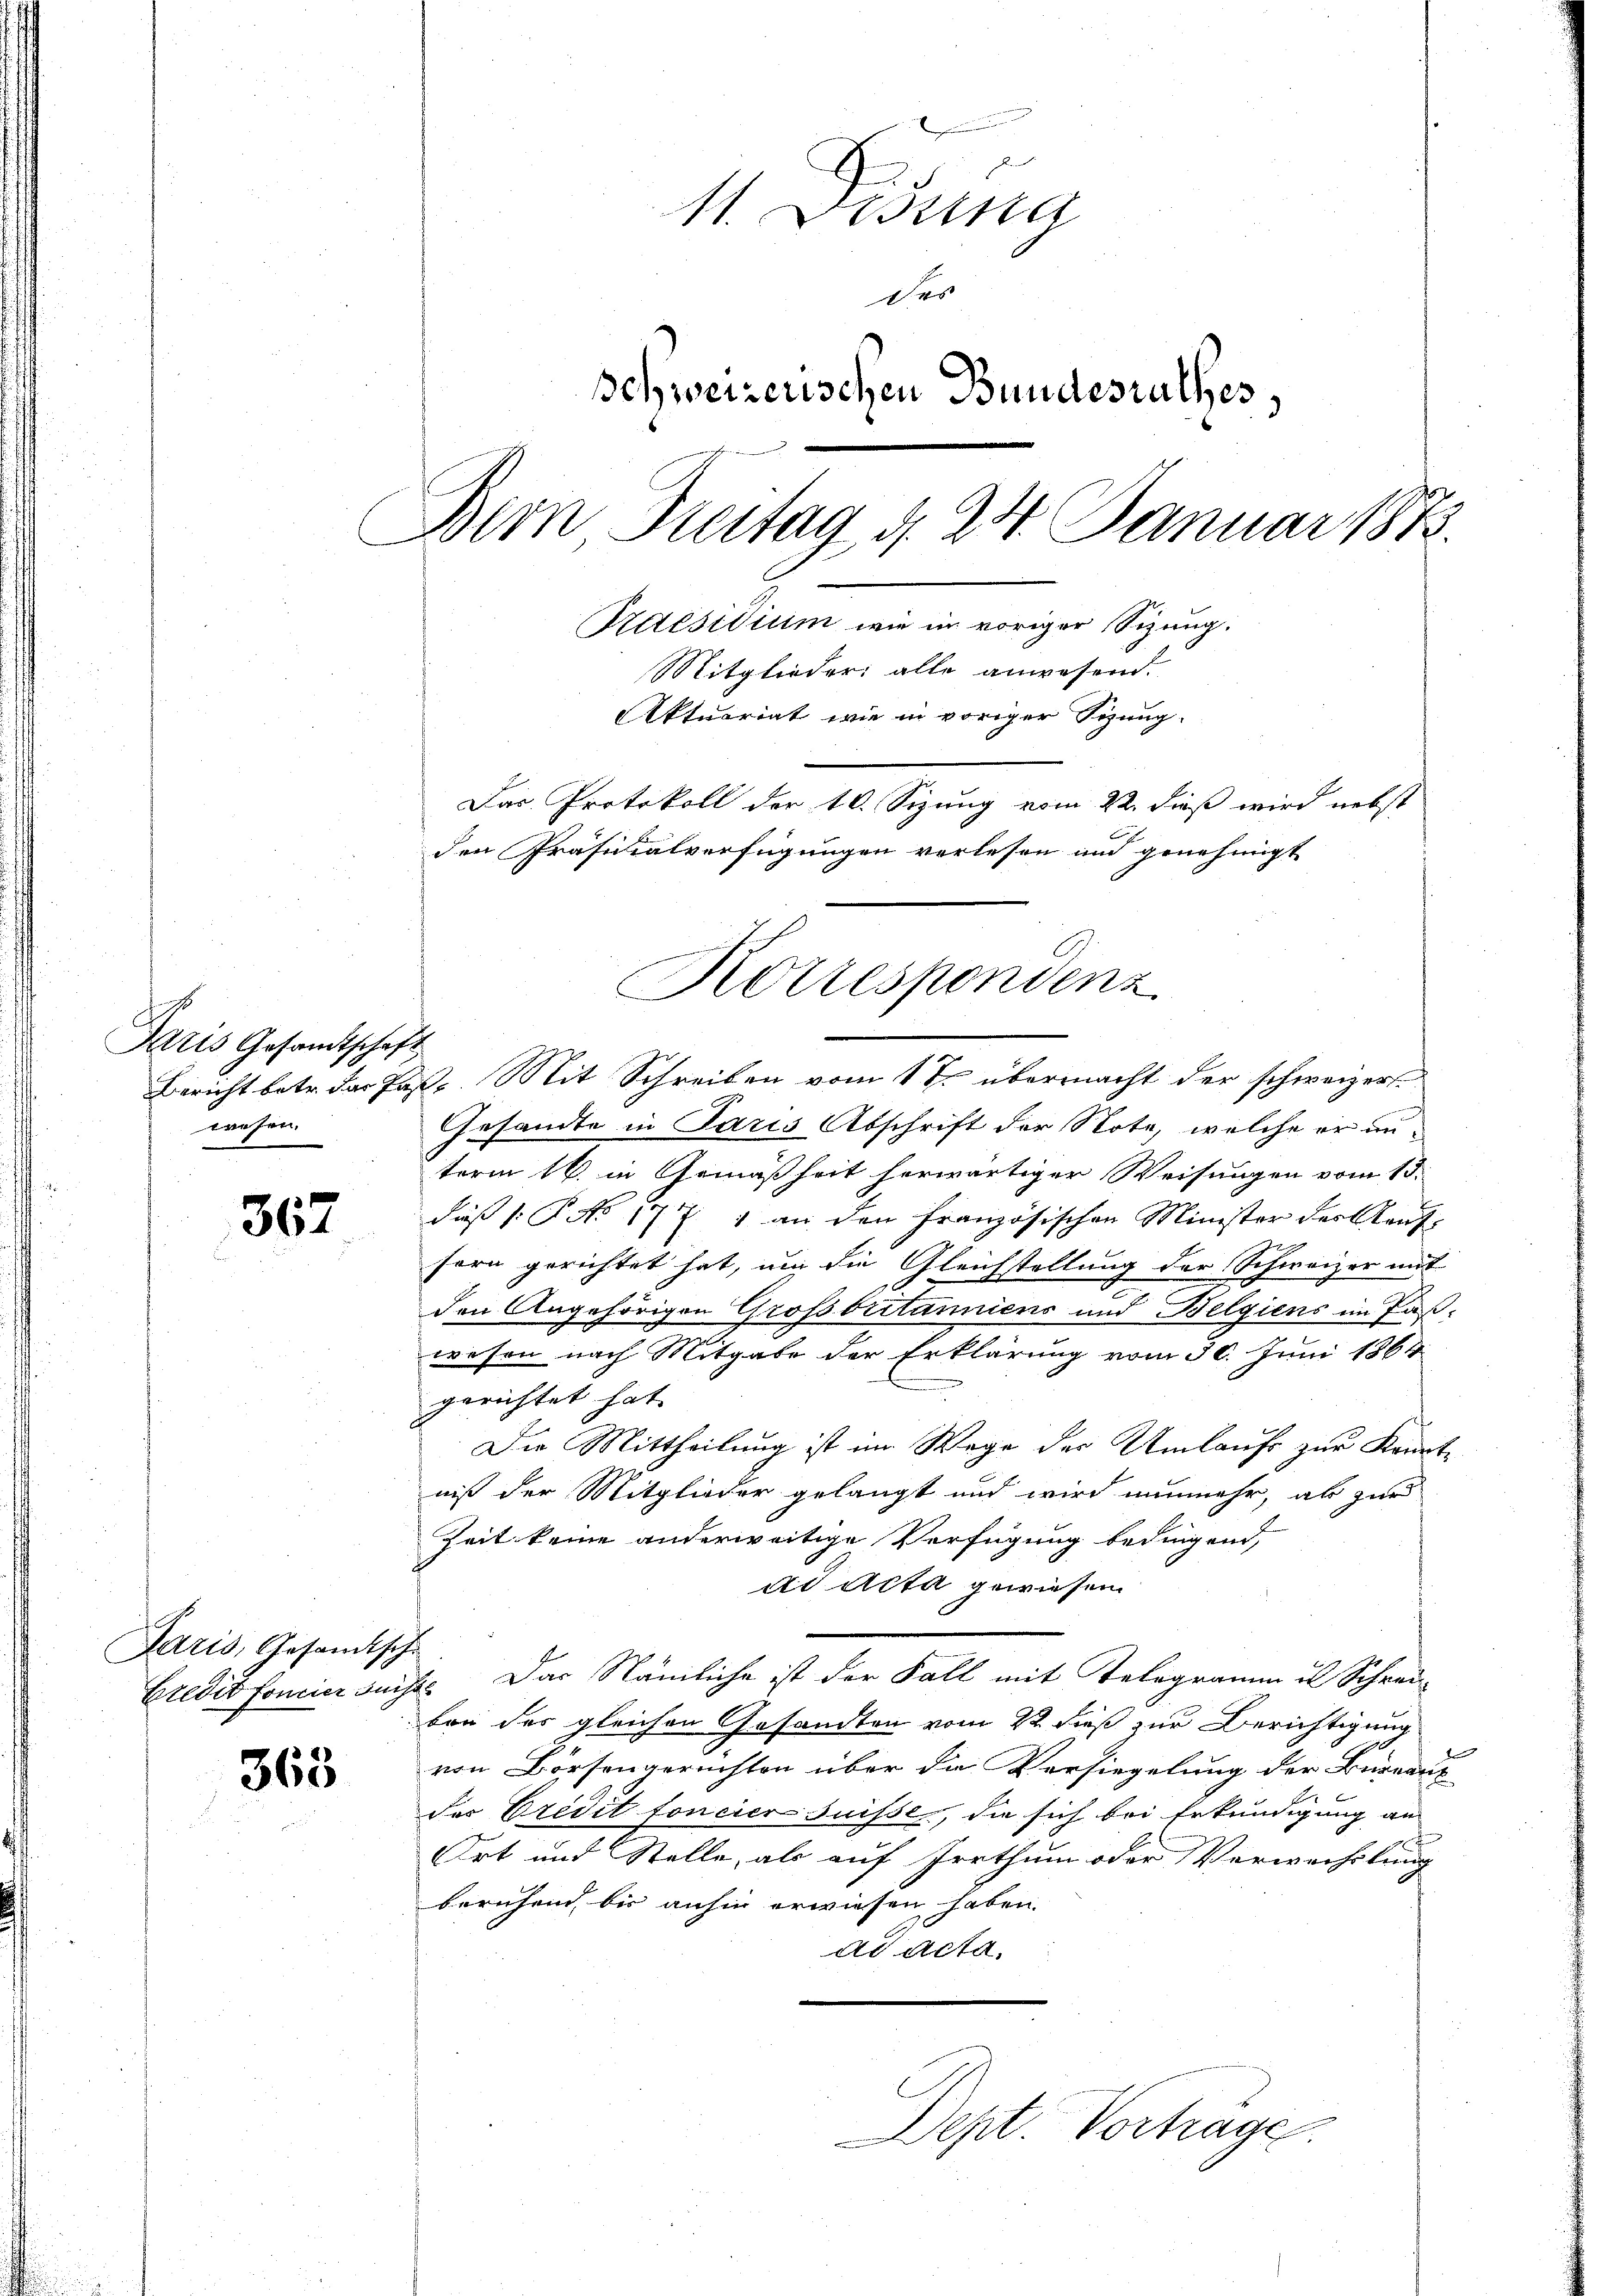
Paris Gesandtschaft
wesen.

367

Paris, Gesandtsche

363

11. Disena
des
Schweizerischen Bundesrathes,
Bern Treitag d. 24. Januar 1873.
Paesidium wie im voriger Sizung.
Mitglieder alle anwesend.
Aktuariat wie in voriger Sizung.
Das Protokoll der 10. Sizung vom 22. dieß wird nebst
den Präsidialverfügungen verlesen und genehmigt

Bericht betr. das Past. Mit Schreiben vom 1 ten übermacht der schweizer
Gesandte in Paris Abschrift der Note, welche er unterm 16. in Gemäßheit herwärtiger Weisungen vom 15.
diß (: P. No 1771 an den Französischen Minister der Kauf-
sern gerichtet hat, um die Gleichstellung der Schweizer mit
den Angehörigen Großbritanniens und Belgiens im Paßwesen nach Mitgabe der Erklärung vom 30. Juni 1864
gerichtet hat.
Die Mittheilung ist im Wege der Umlaufs zur Kenntniß der Mitglieder gelangt und wird nunmehr, ab zur
Zeit keine anderweitige Verfügung bedingend,
ad Acta gewiesen.
Credit foncier sucht. Das Nämliche ist der Fall mit Telegramm u. Schreiben des gleichen Gesandten vom 22 dieß zur Berichtigung
von Börsengerichten über die Versiegelung der Bureaux
der Credit foncier Suisse, die sich bei Erkundigung an
Ort und Stelle, als auf Irrthum oder Verwechslung
beruhen, bis anhin erwiesen haben.
ad Acta.

Korrespondenz

Dept. Vortrage